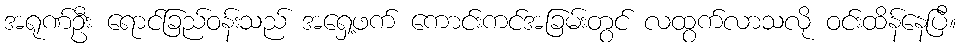
အရုဏ်ဦး ရောင်ခြည်ဝန်းသည် အရှေ့ဖက် ကောင်းကင်အခြမ်းတွင် လထွက်လာသလို ဝင်းထိန်နေပြီ။